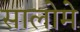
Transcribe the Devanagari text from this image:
सालोमे